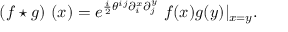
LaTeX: \left( f \star g \right) \, \left( x \right) = e ^ { { \frac { i } { 2 } } \theta ^ { i j } \partial _ { i } ^ { x } \partial _ { j } ^ { y } } \ f ( x ) g ( y ) | _ { x = y } .